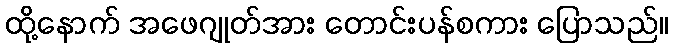
ထို့နောက် အဖေဂျုတ်အား တောင်းပန်စကား ပြောသည်။